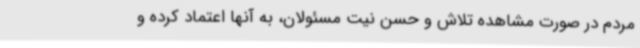
مردم در صورت مشاهده تلاش و حسن نیت مسئولان، به آنها اعتماد کرده و